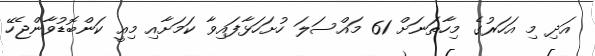
އަދި މި އަހަރުގެ މިހާތަނަށް 61 މައްސަލަ ހުށަހަޅާފައިވާ ކަމަށާއި މިއީ ކަންބޮޑުވާންޖެހޭ